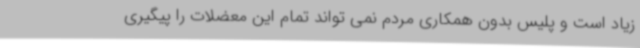
زیاد است و پلیس بدون همکاری مردم نمی تواند تمام این معضلات را پیگیری